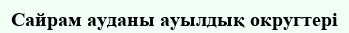
Сайрам ауданы ауылдық округтері